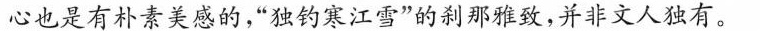
心也是有朴素美感的，”独钓寒江雪”的刹那雅致，并非文人独有。